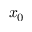
x _ { 0 }